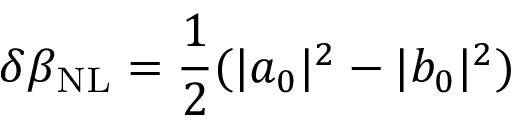
\delta \beta _ { \mathrm { N L } } = \frac { 1 } { 2 } ( | a _ { 0 } | ^ { 2 } - | b _ { 0 } | ^ { 2 } )